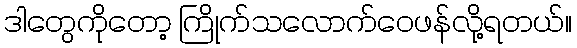
ဒါတွေကိုတော့ ကြိုက်သလောက်ဝေဖန်လို့ရတယ်။